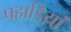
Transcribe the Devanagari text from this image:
पहाडिय़ां